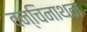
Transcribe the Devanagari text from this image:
वन्चिनाथन